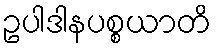
ဥပါဒါနပစ္စယာတိ